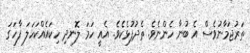
ތަރުޖަމާނުވެސް އެ ބުނާ ހެންނެވެ. ތެދުފުޅެކެވެ. އެއީ ހަމަ ލޮނދި ހިކައެއްކަހަލަ ފާހަގަ